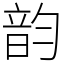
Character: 韵